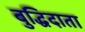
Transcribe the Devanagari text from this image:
बुद्धिदाता